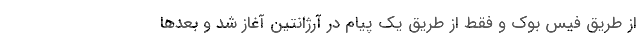
از طریق فیس بوک و فقط از طریق یک پیام در آرژانتین آغاز شد و بعدها